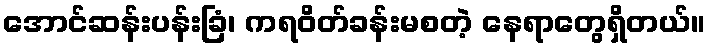
အောင်ဆန်းပန်းခြံ၊ ကရဝိတ်ခန်းမစတဲ့ နေရာတွေရှိတယ်။